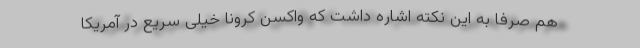
هم صرفا به این نکته اشاره داشت که واکسن کرونا خیلی سریع در آمریکا